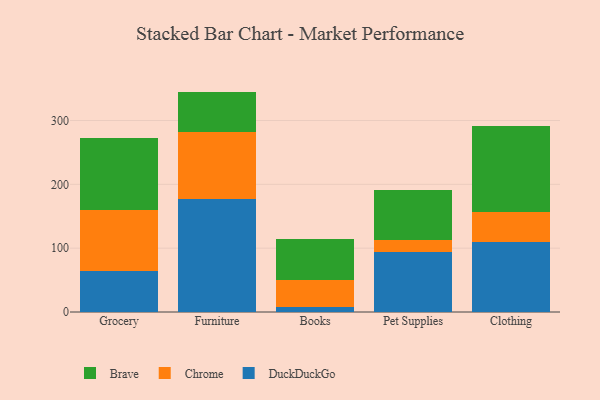
{"axis": {"x": "Category", "y": "Budget (USD K)"}, "legend": ["Brave", "Chrome", "DuckDuckGo"], "data": [{"x": "Grocery", "y": 64.2, "type": "DuckDuckGo"}, {"x": "Grocery", "y": 96.0, "type": "Chrome"}, {"x": "Grocery", "y": 112.5, "type": "Brave"}, {"x": "Furniture", "y": 176.3, "type": "DuckDuckGo"}, {"x": "Furniture", "y": 106.4, "type": "Chrome"}, {"x": "Furniture", "y": 62.6, "type": "Brave"}, {"x": "Books", "y": 7.9, "type": "DuckDuckGo"}, {"x": "Books", "y": 42.9, "type": "Chrome"}, {"x": "Books", "y": 63.9, "type": "Brave"}, {"x": "Pet Supplies", "y": 94.7, "type": "DuckDuckGo"}, {"x": "Pet Supplies", "y": 17.8, "type": "Chrome"}, {"x": "Pet Supplies", "y": 79.1, "type": "Brave"}, {"x": "Clothing", "y": 110.0, "type": "DuckDuckGo"}, {"x": "Clothing", "y": 46.1, "type": "Chrome"}, {"x": "Clothing", "y": 135.6, "type": "Brave"}]}